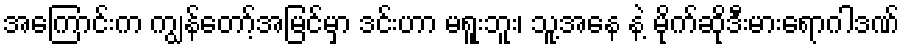
အကြောင်းက ကျွန်တော့်အမြင်မှာ ဒင်းဟာ မရူးဘူး၊ သူ့အနေ နဲ့ မိုက်ဆိုဒီးမားရောဂါဒဏ်